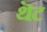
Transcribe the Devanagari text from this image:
थॆट